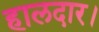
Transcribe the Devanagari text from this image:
हालदार।